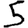
Digit: 5